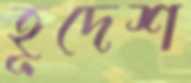
হূদেশ